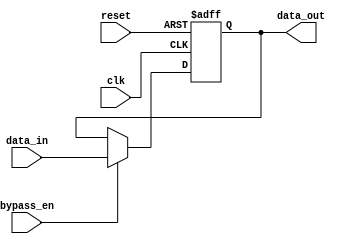
module Timing_Control (
    input wire clk,
    input wire reset,
    input wire bypass_en,
    input wire [DATA_WIDTH-1:0] data_in,
    output reg [DATA_WIDTH-1:0] data_out
);

parameter DATA_WIDTH = 8;
reg [DATA_WIDTH-1:0] bypass_reg;

always @(posedge clk or posedge reset) begin
    if (reset) begin
        bypass_reg <= 0;
    end else begin
        if (bypass_en) begin
            bypass_reg <= data_in;
        end else begin
            bypass_reg <= bypass_reg;
        end
    end
end

assign data_out = bypass_reg;

endmodule